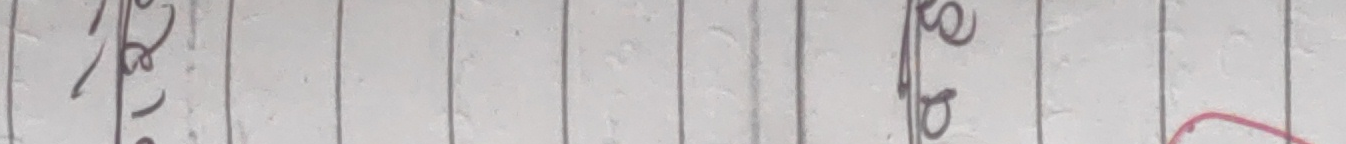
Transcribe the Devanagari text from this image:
रहेछु